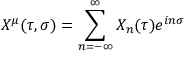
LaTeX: X ^ { \mu } ( \tau , \sigma ) = \sum _ { n = - \infty } ^ { \infty } X _ { n } ( \tau ) e ^ { i n \sigma }